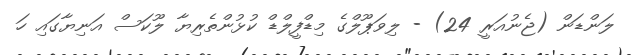
ލަންޑަން (ޖެނުއަރީ 24) - ލިވަޕޫލްގެ މިޑްފީލްޑް ކުޅުންތެރިޔާ ލޫކަސް އަނިޔާގައި ހަ